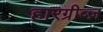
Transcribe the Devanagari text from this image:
हारग्रीव्ज़